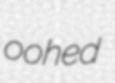
oohed